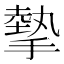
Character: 摰